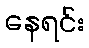
နေရင်း